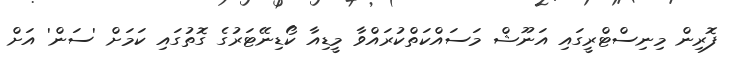
ފޮރިން މިނިސްޓްރީގައި އަނޫޝް މަސައްކަތްކުރައްވާ މީޑިއާ ކޯޑިނޭޓަރުގެ ގޮތުގައި ކަމަށް 'ސަން' އަށް